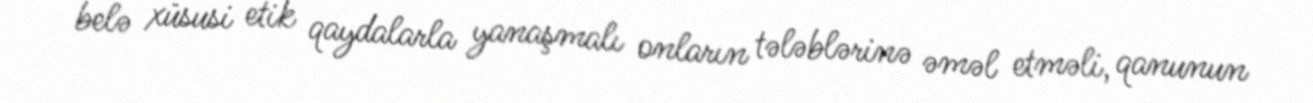
belə xüsusi etik qaydalarla yanaşmalı onların tələblərinə əməl etməli, qanunun